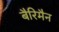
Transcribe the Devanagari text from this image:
बैरिमैन